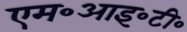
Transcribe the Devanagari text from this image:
एम॰आइ॰टी॰